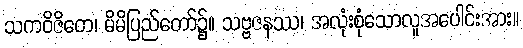
သကဝိဇိတေ၊ မိမိပြည်တော်၌။ သဗ္ဗဇနဿ၊ အလုံးစုံသောလူအပေါင်းအား။